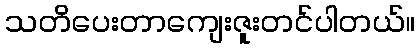
သတိပေးတာကျေးဇူးတင်ပါတယ်။